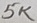
Text: 5K